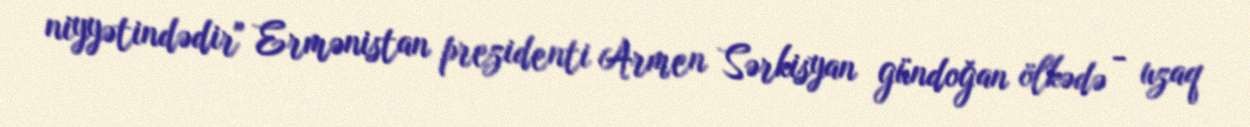
niyyətindədir" Ermənistan prezidenti Armen Sərkisyan gündoğan ölkədə - uzaq